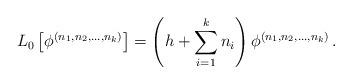
LaTeX: \begin{align*}L_{0}\left[\phi^{(n_{1},n_{2},...,n_{k})}\right]=\left(h+\sum_{i=1}^{k}n_{i}\right)\phi^{(n_{1},n_{2},...,n_{k})}\,.\end{align*}